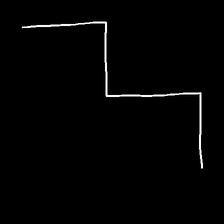
Glyph: crush